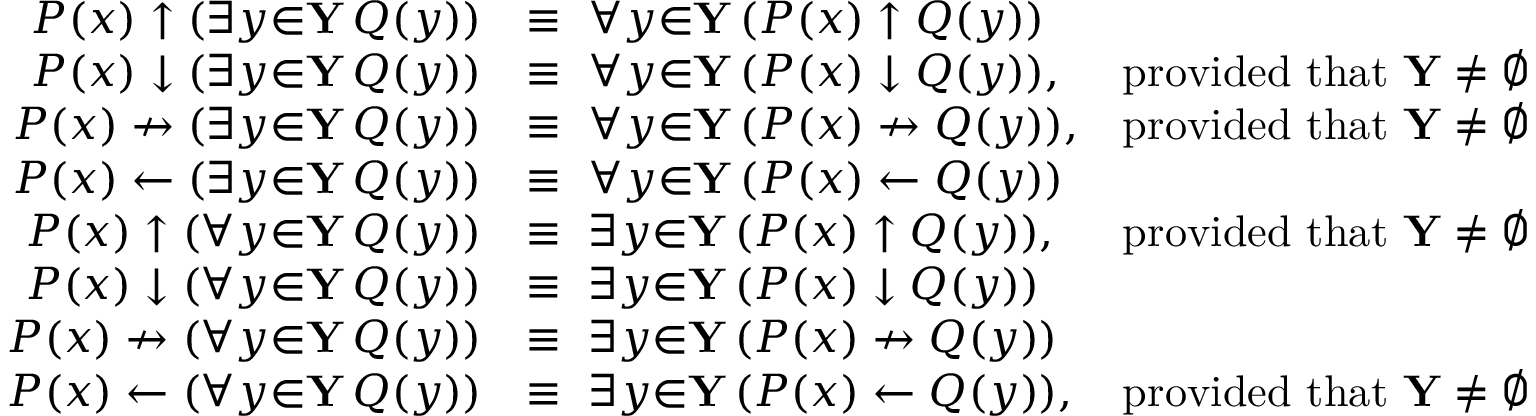
{ \begin{array} { r l r } { P ( x ) \uparrow ( \exists { y } { \in } \mathbf { Y } \, Q ( y ) ) } & { \equiv \ \forall { y } { \in } \mathbf { Y } \, ( P ( x ) \uparrow Q ( y ) ) } \\ { P ( x ) \downarrow ( \exists { y } { \in } \mathbf { Y } \, Q ( y ) ) } & { \equiv \ \forall { y } { \in } \mathbf { Y } \, ( P ( x ) \downarrow Q ( y ) ) , } & { { \mathrm { p r o v i d e d ~ t h a t ~ } } \mathbf { Y } \neq \emptyset } \\ { P ( x ) \nrightarrow ( \exists { y } { \in } \mathbf { Y } \, Q ( y ) ) } & { \equiv \ \forall { y } { \in } \mathbf { Y } \, ( P ( x ) \nrightarrow Q ( y ) ) , } & { { \mathrm { p r o v i d e d ~ t h a t ~ } } \mathbf { Y } \neq \emptyset } \\ { P ( x ) \gets ( \exists { y } { \in } \mathbf { Y } \, Q ( y ) ) } & { \equiv \ \forall { y } { \in } \mathbf { Y } \, ( P ( x ) \gets Q ( y ) ) } \\ { P ( x ) \uparrow ( \forall { y } { \in } \mathbf { Y } \, Q ( y ) ) } & { \equiv \ \exists { y } { \in } \mathbf { Y } \, ( P ( x ) \uparrow Q ( y ) ) , } & { { \mathrm { p r o v i d e d ~ t h a t ~ } } \mathbf { Y } \neq \emptyset } \\ { P ( x ) \downarrow ( \forall { y } { \in } \mathbf { Y } \, Q ( y ) ) } & { \equiv \ \exists { y } { \in } \mathbf { Y } \, ( P ( x ) \downarrow Q ( y ) ) } \\ { P ( x ) \nrightarrow ( \forall { y } { \in } \mathbf { Y } \, Q ( y ) ) } & { \equiv \ \exists { y } { \in } \mathbf { Y } \, ( P ( x ) \nrightarrow Q ( y ) ) } \\ { P ( x ) \gets ( \forall { y } { \in } \mathbf { Y } \, Q ( y ) ) } & { \equiv \ \exists { y } { \in } \mathbf { Y } \, ( P ( x ) \gets Q ( y ) ) , } & { { \mathrm { p r o v i d e d ~ t h a t ~ } } \mathbf { Y } \neq \emptyset } \end{array} }